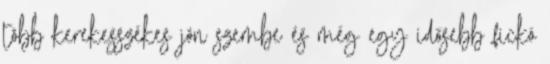
több kerekesszékes jön szembe és még egy idősebb fickó